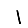
Digit: 1